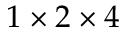
1 \times 2 \times 4